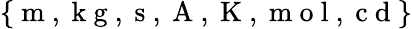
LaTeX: \{ \mathrm{~m~},\mathrm{~k~g~},\mathrm{~s~},\mathrm{~A~},\mathrm{~K~},\mathrm{~m~o~l~},\mathrm{~c~d~}\}